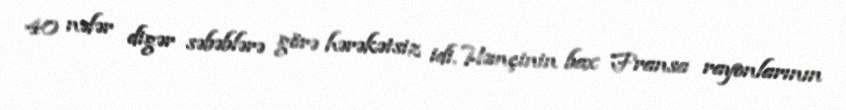
40 nəfər digər səbəblərə görə hərəkətsiz idi. Həmçinin bax Fransa rayonlarının